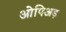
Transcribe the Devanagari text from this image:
ओपिअड़